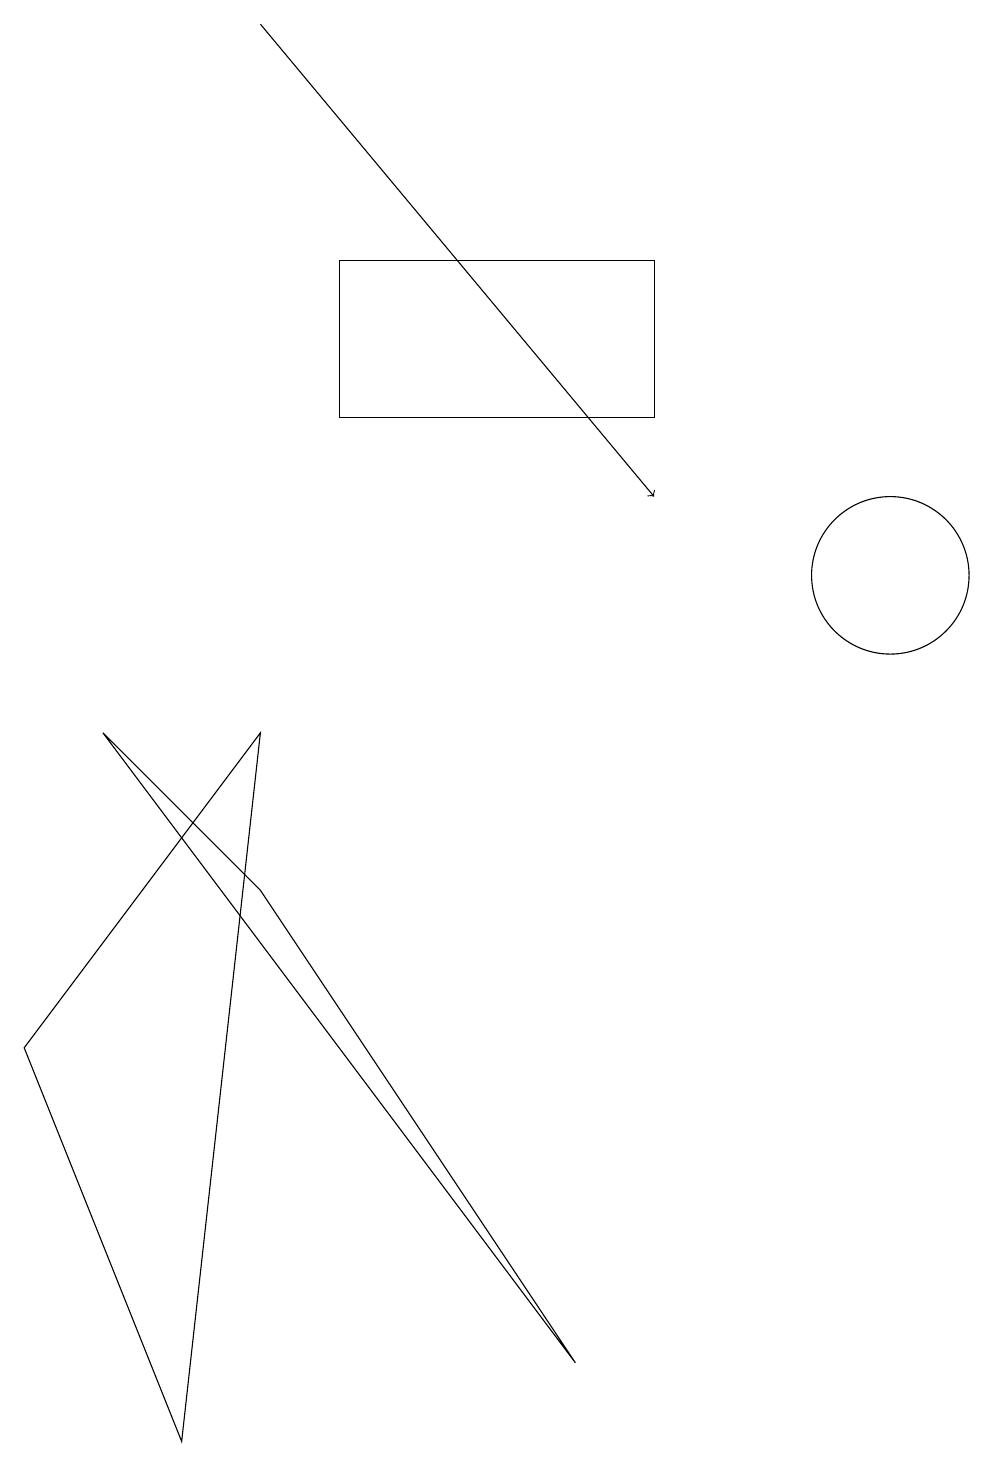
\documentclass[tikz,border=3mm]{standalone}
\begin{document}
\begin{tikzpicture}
\draw (12,11) circle (1);
\draw (4,9) -- (1,5) -- (3,0) -- cycle;
\draw (9,15) rectangle (5,13);
\draw[->] (4,18) -- (9,12);
\draw (8,1) -- (4,7) -- (2,9) -- cycle;
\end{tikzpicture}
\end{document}